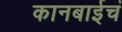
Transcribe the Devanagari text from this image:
कानबाईचं